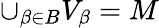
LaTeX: \cup_{\beta\in B}V_{\beta}=M